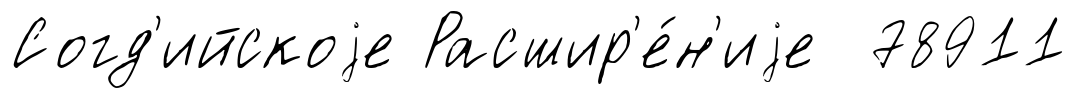
Согд'ийскоjе Расшир'е́н'иjе 78911